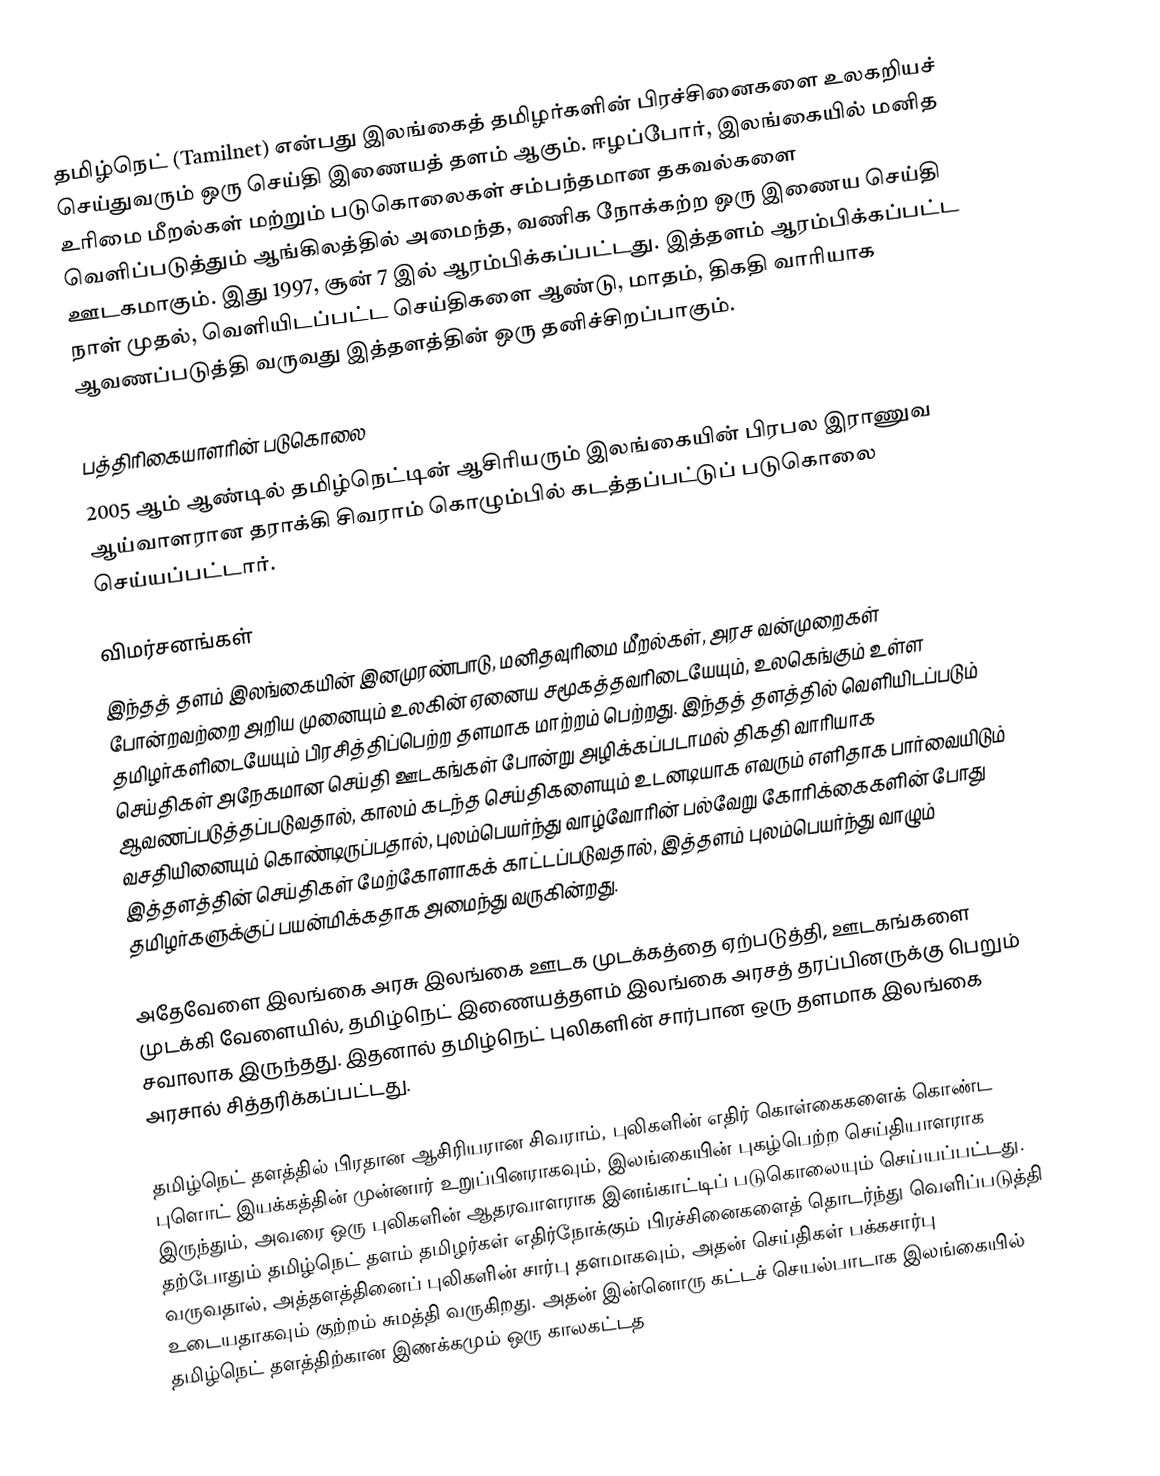
தமிழ்நெட் (Tamilnet) என்பது இலங்கைத் தமிழர்களின் பிரச்சினைகளை உலகறியச் செய்துவரும் ஒரு செய்தி இணையத் தளம் ஆகும். ஈழப்போர், இலங்கையில் மனித உரிமை மீறல்கள் மற்றும் படுகொலைகள் சம்பந்தமான தகவல்களை வெளிப்படுத்தும் ஆங்கிலத்தில் அமைந்த, வணிக நோக்கற்ற ஒரு இணைய செய்தி ஊடகமாகும். இது 1997, சூன் 7 இல் ஆரம்பிக்கப்பட்டது. இத்தளம் ஆரம்பிக்கப்பட்ட நாள் முதல், வெளியிடப்பட்ட செய்திகளை ஆண்டு, மாதம், திகதி வாரியாக ஆவணப்படுத்தி வருவது இத்தளத்தின் ஒரு தனிச்சிறப்பாகும்.

பத்திரிகையாளரின் படுகொலை
2005 ஆம் ஆண்டில் தமிழ்நெட்டின் ஆசிரியரும் இலங்கையின் பிரபல இராணுவ ஆய்வாளரான தராக்கி சிவராம் கொழும்பில் கடத்தப்பட்டுப் படுகொலை செய்யப்பட்டார்.

விமர்சனங்கள்
இந்தத் தளம் இலங்கையின் இனமுரண்பாடு, மனிதவுரிமை மீறல்கள், அரச வன்முறைகள் போன்றவற்றை அறிய முனையும் உலகின் ஏனைய சமூகத்தவரிடையேயும், உலகெங்கும் உள்ள தமிழர்களிடையேயும் பிரசித்திப்பெற்ற தளமாக மாற்றம் பெற்றது. இந்தத் தளத்தில் வெளியிடப்படும் செய்திகள் அநேகமான செய்தி ஊடகங்கள் போன்று அழிக்கப்படாமல் திகதி வாரியாக ஆவணப்படுத்தப்படுவதால், காலம் கடந்த செய்திகளையும் உடனடியாக எவரும் எளிதாக பார்வையிடும் வசதியினையும் கொண்டிருப்பதால், புலம்பெயர்ந்து வாழ்வோரின் பல்வேறு கோரிக்கைகளின் போது இத்தளத்தின் செய்திகள் மேற்கோளாகக் காட்டப்படுவதால், இத்தளம் புலம்பெயர்ந்து வாழும் தமிழர்களுக்குப் பயன்மிக்கதாக அமைந்து வருகின்றது.

அதேவேளை இலங்கை அரசு இலங்கை ஊடக முடக்கத்தை ஏற்படுத்தி, ஊடகங்களை முடக்கி வேளையில், தமிழ்நெட் இணையத்தளம் இலங்கை அரசத் தரப்பினருக்கு பெறும் சவாலாக இருந்தது. இதனால் தமிழ்நெட் புலிகளின் சார்பான ஒரு தளமாக இலங்கை அரசால் சித்தரிக்கப்பட்டது.

தமிழ்நெட் தளத்தில் பிரதான ஆசிரியரான சிவராம், புலிகளின் எதிர் கொள்கைகளைக் கொண்ட புளொட் இயக்கத்தின் முன்னார் உறுப்பினராகவும், இலங்கையின் புகழ்பெற்ற செய்தியாளராக இருந்தும், அவரை ஒரு புலிகளின் ஆதரவாளராக இனங்காட்டிப் படுகொலையும் செய்யப்பட்டது. தற்போதும் தமிழ்நெட் தளம் தமிழர்கள் எதிர்நோக்கும் பிரச்சினைகளைத் தொடர்ந்து வெளிப்படுத்தி வருவதால், அத்தளத்தினைப் புலிகளின் சார்பு தளமாகவும், அதன் செய்திகள் பக்கசார்பு உடையதாகவும் குற்றம் சுமத்தி வருகிறது. அதன் இன்னொரு கட்டச் செயல்பாடாக இலங்கையில் தமிழ்நெட் தளத்திற்கான இணக்கமும் ஒரு காலகட்டத